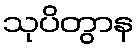
သုပိတွာန